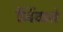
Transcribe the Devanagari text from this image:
जिंकते